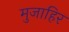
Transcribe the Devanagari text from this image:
मुजाहिर